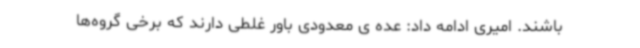
باشند. امیری ادامه داد: عده ی معدودی باور غلطی دارند که برخی گروه‌ها